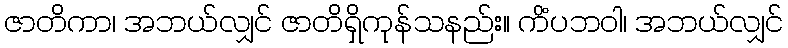
ဇာတိကာ၊ အဘယ်လျှင် ဇာတိရှိကုန်သနည်း။ ကိံပဘဝါ၊ အဘယ်လျှင်